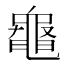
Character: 𪓝